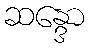
ဆန္ဒော